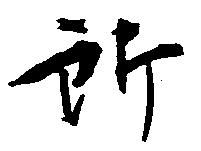
所